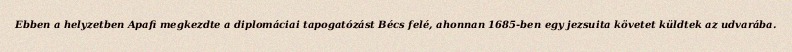
Ebben a helyzetben Apafi megkezdte a diplomáciai tapogatózást Bécs felé, ahonnan 1685-ben egy jezsuita követet küldtek az udvarába.